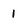
Character: 1